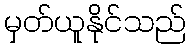
မှတ်ယူနိုင်သည်